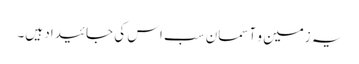
یہ زمین و آسمان سب اس کی جائیداد ہیں۔